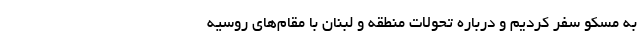
به مسکو سفر کردیم و درباره تحولات منطقه و لبنان با مقام‌های روسیه